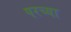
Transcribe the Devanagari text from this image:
परच्या